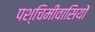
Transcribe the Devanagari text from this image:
पश्चिमीवासियों